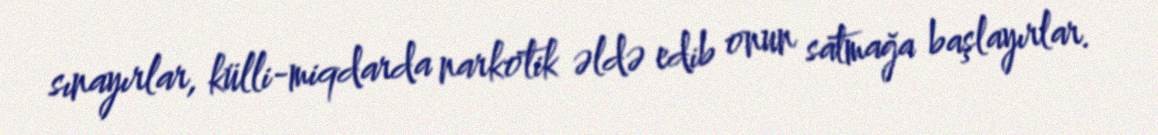
sınayırlar, külli-miqdarda narkotik əldə edib onun satmağa başlayırlar.